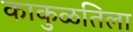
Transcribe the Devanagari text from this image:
काकुळतिला